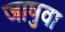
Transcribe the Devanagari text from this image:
जाषुवा